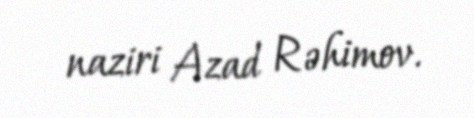
naziri Azad Rəhimov.